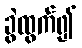
ခွဲထွက်၍